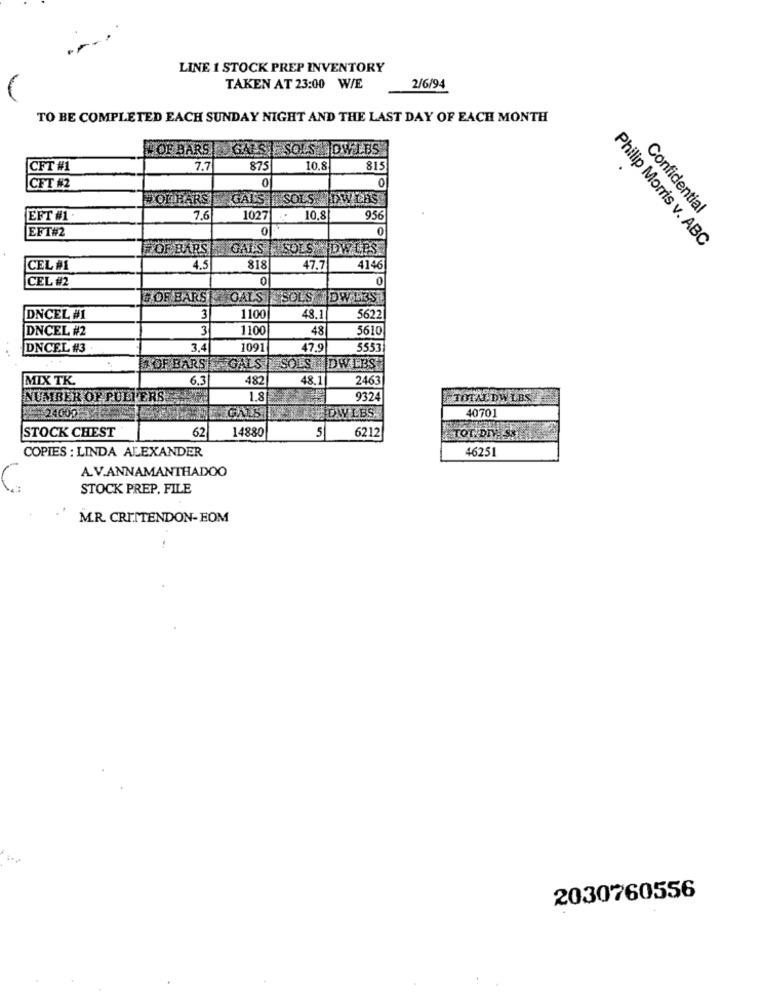
LINE 1 STOCK PREP INVENTORY
-
TAKEN AT 23:00 W/E
2/6/94
TO BE COMPLETED EACH SUNDAY NIGHT AND THE LAST DAY OF EACH MONTH
NS SOLS DWLBS
#OF BARS|GALS
CFT #1
7.7
875
10.8
815
0
CFT #2
"OLHARS| GALS | SOLSHOW LAS
Confidential
EFT #1.
7.6
1027
10.8
956
EFT#2
0
0
#OF BARS| GALS SOLS LOW LES
Philip Morris v. ABC
CEL #1
4.5
818
47.7
4146
CEL #2
0
0
# OF BARS OALS
OLS DW LBS
DNCEL #1
3
1100
48.1
5622
DNCEL #2
3
110
48
5610
DNCEL #3
3.4
1091
47.9
5553
OF BARS| GALS ] SOLS DW LBS
MIX TK.
6.3
482
48.1
2463
NUMBER OF PULL ERS:
1.8
9324
TOTALDW LBSE
15# 24000
GALS
DAVIBS
4070
STOCK CHEST
62
14880
5
6212
TOT. DIV SE
COPIES : LINDA ALEXANDER
46251
A.V.ANNAMANTHADOO
STOCK PREP. FILE
M.R. CRITTENDON-EOM
2030760556